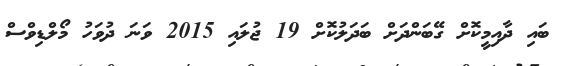
ބައި ދާއިމީކޮށް ގޭބަންދަށް ބަދަލުކޮށް 19 ޖުލައި 2015 ވަނަ ދުވަހު މޯލްޑިވްސް